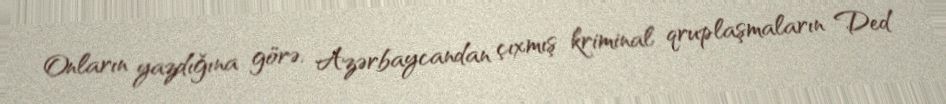
Onların yazdığına görə, Azərbaycandan çıxmış kriminal qruplaşmaların Ded